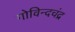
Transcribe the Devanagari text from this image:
गोविन्दचंद्र